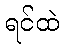
ရင်ထဲ